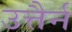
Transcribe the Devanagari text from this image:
उत्तैर्न